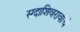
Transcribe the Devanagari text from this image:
सदाशिवरावांचे